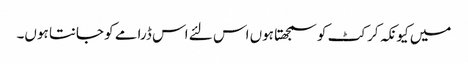
میں کیونکہ کرکٹ کو سمجھتا ہوں اس لئے اس ڈرامے کو جانتا ہوں۔